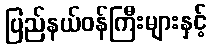
ပြည်နယ်ဝန်ကြီးများနှင့်